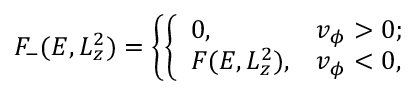
F _ { - } ( E , L _ { z } ^ { 2 } ) = \left\{ \left\{ \begin{array} { l l } { { 0 , } } & { { v _ { \phi } > 0 ; } } \\ { { F ( E , L _ { z } ^ { 2 } ) , } } & { { v _ { \phi } < 0 , } } \end{array} \right. \right.